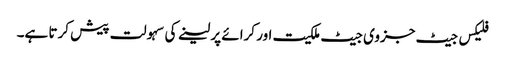
فلیکس جیٹ جزوی جیٹ ملکیت اور کرائے پر لینے کی سہولت پیش کرتا ہے۔